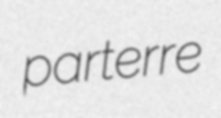
parterre